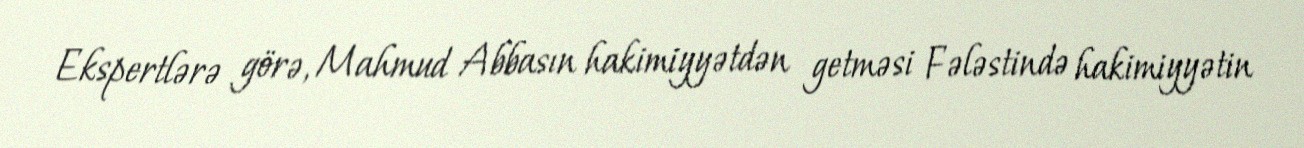
Ekspertlərə görə, Mahmud Abbasın hakimiyyətdən getməsi Fələstində hakimiyyətin